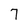
Character: 7